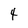
Character: 4